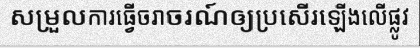
សម្រួលការធ្វើចរាចរណ៍ឲ្យប្រសើរឡើងលើផ្លូវ